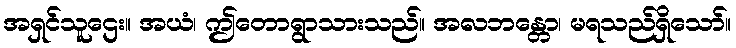
အရှင်သူဌေး။ အယံ၊ ဤတောရွာသားသည်။ အလဘန္တော၊ မရသည်ရှိသော်။